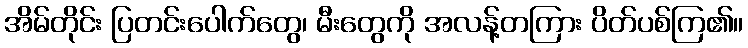
အိမ်တိုင်း ပြတင်းပေါက်တွေ၊ မီးတွေကို အလန့်တကြား ပိတ်ပစ်ကြ၏။